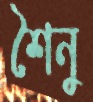
শৈনু